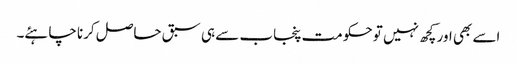
اسے بھی اور کچھ نہیں تو حکومت پنجاب سے ہی سبق حاصل کرنا چاہئے۔